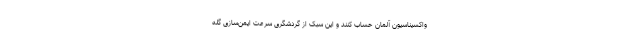
واکسیناسیون آلمان حساب کنند و این سبک از گردشگری سرعت ایمن‌سازی گله